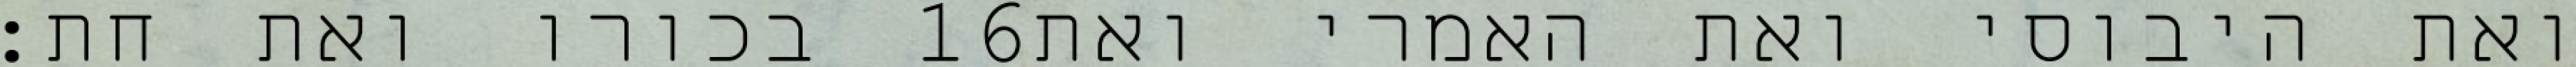
בכורו ואת חת׃ ‎16‏ ואת היבוסי ואת האמרי ואת